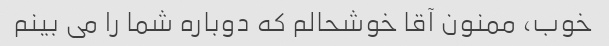
خوب، ممنون آقا خوشحالم که دوباره شما را می بینم